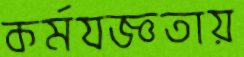
কর্মযজ্ঞতায়